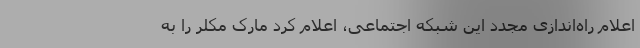
اعلام راه‌اندازی مجدد این شبکه اجتماعی، اعلام کرد مارک مِکلِر را به